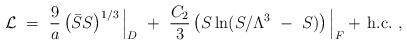
LaTeX: \begin{align*}{\cal L} ~=~\frac{9}{a}\left( \bar S S \right)^{1/3}\Big|_D ~+~ \frac{C_2}{3} \left(S\ln (S/ \Lambda^3~-~S) \right)\Big|_F+ \, \mbox{h.c.}~,\end{align*}